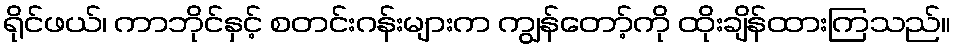
ရိုင်ဖယ်၊ ကာဘိုင်နှင့် စတင်းဂန်းများက ကျွန်တော့်ကို ထိုးချိန်ထားကြသည်။